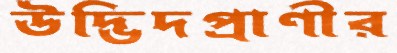
উদ্ভিদপ্রাণীর